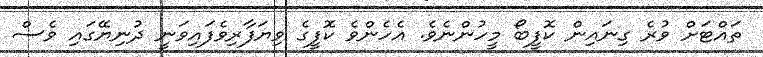
ތައްޓަށް ވުރެ ގިނައިން ކޮފީބޯ މީހުންނެވެ. އެހެންވެ ކޮފީގެ ވިޔަފާރިވެފައިވަނީ ދުނިޔޭގައި ވެސް